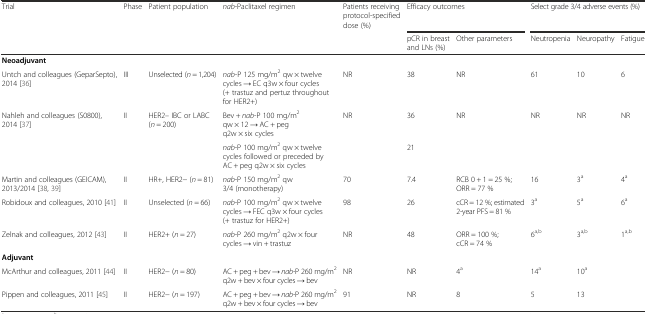
<table><thead><tr><td><b>Trial</b></td><td><b>Phase</b></td><td><b>Patient population</b></td><td><b><i>nab</i>-Paclitaxel regimen</b></td><td><b>Patients receiving protocol-specified dose (%)</b></td><td colspan="2"><b>Efficacy outcomes</b></td><td colspan="3"><b>Select grade 3/4 adverse events (%)</b></td></tr><tr><td></td><td></td><td></td><td></td><td></td><td><b>pCR in breast and LNs (%)</b></td><td><b>Other parameters</b></td><td><b>Neutropenia</b></td><td><b>Neuropathy</b></td><td><b>Fatigue</b></td></tr></thead><tbody><tr><td colspan="10"><b>Neoadjuvant</b></td></tr><tr><td>Untch and colleagues (GeparSepto), 2014 [36]</td><td>III</td><td>Unselected (<i>n</i> = 1,204)</td><td><i>nab-</i>P 125 mg/m<sup>2</sup> qw × twelve cycles → EC q3w × four cycles (+ trastuz and pertuz throughout for HER2+)</td><td>NR</td><td>38</td><td>NR</td><td>61</td><td>10</td><td>6</td></tr><tr><td>Nahleh and colleagues (S0800), 2014 [37]</td><td>II</td><td>HER2– IBC or LABC (<i>n</i> = 200)</td><td>Bev + <i>nab</i>-P 100 mg/m<sup>2</sup> qw × 12 → AC + peg q2w × six cycles</td><td>NR</td><td>36</td><td>NR</td><td>NR</td><td>NR</td><td>NR</td></tr><tr><td></td><td></td><td></td><td><i>nab</i>-P 100 mg/m<sup>2</sup> qw × twelve cycles followed or preceded by AC + peg q2w × six cycles</td><td></td><td>21</td><td></td><td></td><td></td><td></td></tr><tr><td>Martin and colleagues (GEICAM), 2013/2014 [38, 39]</td><td>II</td><td>HR+, HER2− (<i>n</i> = 81)</td><td><i>nab</i>-P 150 mg/m<sup>2</sup> qw 3/4 (monotherapy)</td><td>70</td><td>7.4</td><td>RCB 0 + 1 = 25 %; ORR = 77 %</td><td>16</td><td>3<sup>a</sup></td><td>4<sup>a</sup></td></tr><tr><td>Robidoux and colleagues, 2010 [41]</td><td>II</td><td>Unselected (<i>n</i> = 66)</td><td><i>nab</i>-P 100 mg/m<sup>2</sup> qw × twelve cycles → FEC q3w × four cycles (+ trastuz for HER2+)</td><td>98</td><td>26</td><td>cCR = 12 %; estimated 2-year PFS = 81 %</td><td>3<sup>a</sup></td><td>5<sup>a</sup></td><td>6<sup>a</sup></td></tr><tr><td>Zelnak and colleagues, 2012 [43]</td><td>II</td><td>HER2+ (<i>n</i> = 27)</td><td><i>nab</i>-P 260 mg/m<sup>2</sup> q2w × four cycles → vin + trastuz</td><td>NR</td><td>48</td><td>ORR = 100 %; cCR = 74 %</td><td>6<sup>a,b</sup></td><td>3<sup>a,b</sup></td><td>1<sup>a,b</sup></td></tr><tr><td colspan="10"><b>Adjuvant</b></td></tr><tr><td>McArthur and colleagues, 2011 [44]</td><td>II</td><td>HER2− (<i>n</i> = 80)</td><td>AC + peg + bev → <i>nab</i>-P 260 mg/m<sup>2</sup> q2w + bev × four cycles → bev</td><td>NR</td><td>NR</td><td>4<sup>a</sup></td><td>14<sup>a</sup></td><td>10<sup>a</sup></td><td></td></tr><tr><td>Pippen and colleagues, 2011 [45]</td><td>II</td><td>HER2− (<i>n</i> = 197)</td><td>AC + peg + bev → <i>nab</i>-P 260 mg/m<sup>2</sup> q2w + bev × four cycles → bev</td><td>91</td><td>NR</td><td>8</td><td>5</td><td>13</td><td></td></tr></tbody></table>